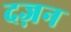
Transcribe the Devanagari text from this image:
दज़न